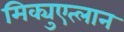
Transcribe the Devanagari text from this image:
मिक्युएत्लान